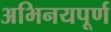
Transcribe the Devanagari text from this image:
अभिनयपूर्ण